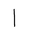
Letter: _alif